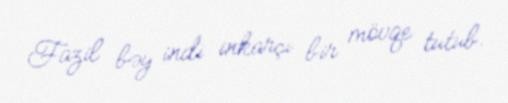
Fazil bəy indi inkarçı bir mövqe tutub.